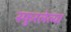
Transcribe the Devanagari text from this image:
स्फुरलेल्या